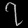
Digit: ၇